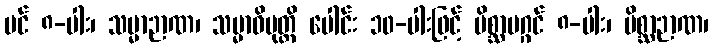
ပင် ၈-ပါး၊ သမ္မာဉာဏ၊ သမ္မာဝိမုတ္တိ ပေါင်း ၁၀-ပါးဖြင့် မိစ္ဆာမဂ္ဂင် ၈-ပါး၊ မိစ္ဆာဉာဏ၊